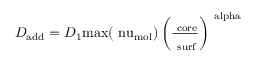
D _ { \mathrm { a d d } } = D _ { 1 } \mathrm { { m a x } ( \ n u _ { \mathrm { m o l } } ) \left( \frac { \Omega _ { \mathrm { c o r e } } } { \Omega _ { \mathrm { s u r f } } } \right) ^ { \ a l p h a } }